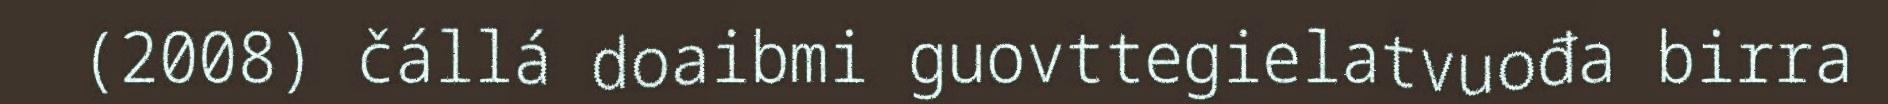
(2008) čállá doaibmi guovttegielatvuođa birra